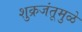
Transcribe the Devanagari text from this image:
शुक्रजंतूमुळे